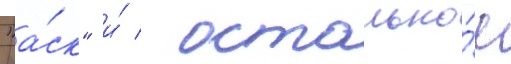
"а́ск" и́ / остально́е